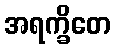
အရက္ခိတေ